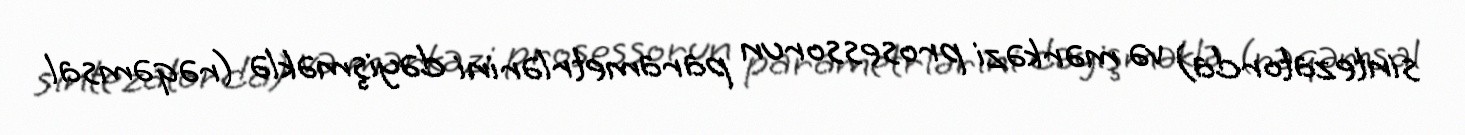
sintezatorda) və mərkəzi prosessorun parametrlərini dəyişməklə (rəqəmsal